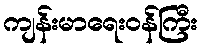
ကျန်းမာရေးဝန်ကြီး